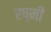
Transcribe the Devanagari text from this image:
रष्मी